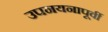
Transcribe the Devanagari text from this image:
उपनयनापूर्वी